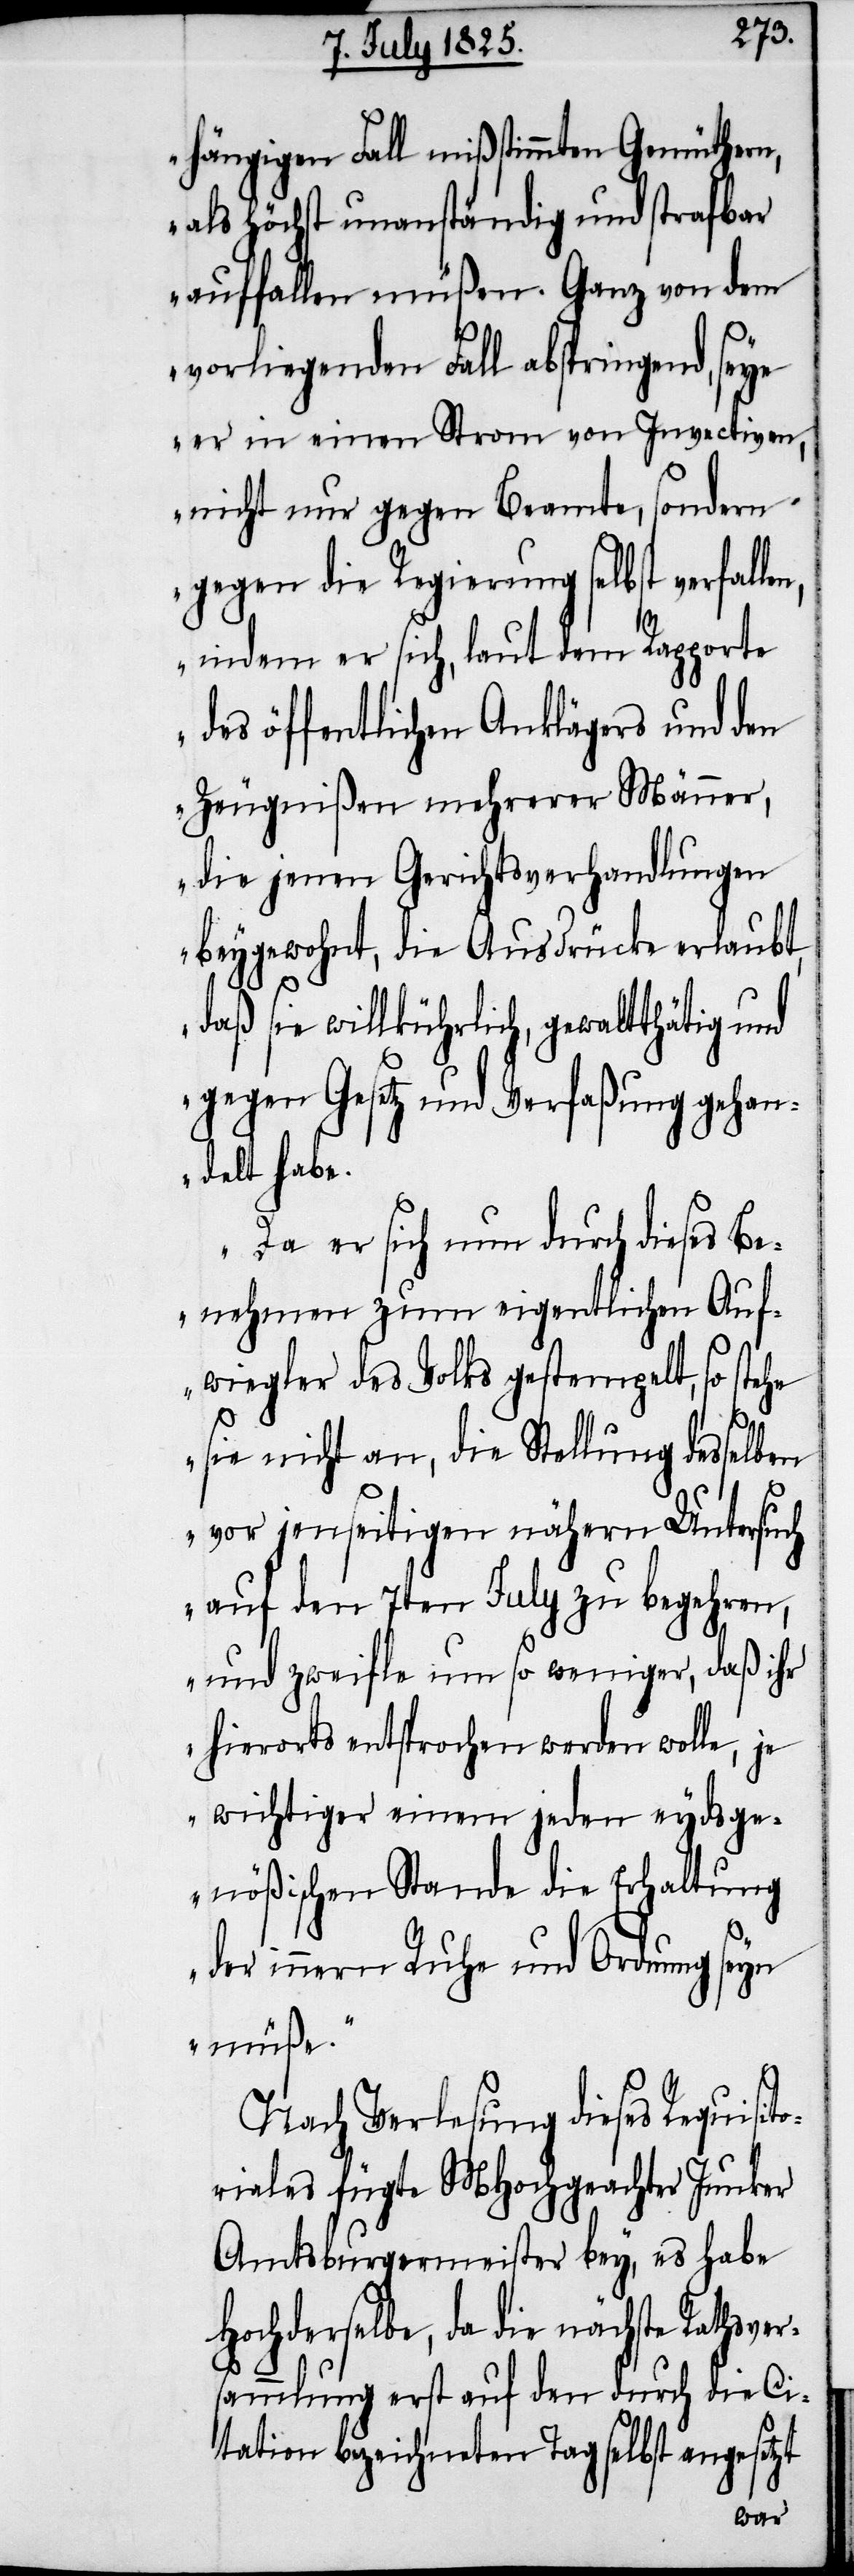
hängigen Fall mißstimmten Gemüthern,
als höchst unanständig und strafbar
auffallen müßen. Ganz von dem
vorliegenden Fall abspringend, seye
er in einen Strom von Invectiven,
nicht nur gegen Beamte, sondern
gegen die Regierung selbst verfalle¬
indem er sich, laut dem Rapporte
des öffentlichen Anklägers und den
Zeugnißen mehrerer Männer,
die jenen Gerichtsverhandlungen
beygewohnt, die Ausdrücke erlaubt,
daß sie willkührlich, gewaltthätig und
gegen Gesetz und Verfaßung gehan¬
delt habe.
Da er sich nun durch dieses Be¬
nehmen zum eigentlichen Auf¬
wiegler des Volks gestempelt, so stehe
r¬
sie nicht an, die Stellung desselben
vor jenseitigen nähern Untersuch
auf den 7ten July zu begehren,
und zweifle um so weniger, daß ihr
hierorts entsprochen werden wolle, je
wichtiger einem jeden eydsge¬
nößischen Stande die Erhaltung
der innern Ruhe und Ordnung seyn
müße.“
Nach Verlesung dieses Requisit¬
oriales fügte MHochgeachter Junker
Amtsburgermeister bey, es habe
Hochderselbe, da die nächste Rathsve¬
sammlung erst auf den durch die Ci¬
tation bezeichneten Tag selbst angesetzt